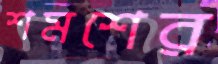
শমশের